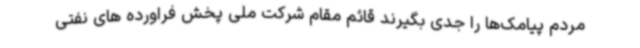
مردم پیامک‌ها را جدی بگیرند قائم مقام شرکت ملی پخش فراورده های نفتی